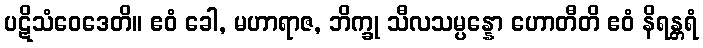
ပဋိသံဝေဒေတိ။ ဧဝံ ခေါ, မဟာရာဇ, ဘိက္ခု သီလသမ္ပန္နော ဟောတီတိ ဧဝံ နိရန္တရံ